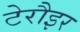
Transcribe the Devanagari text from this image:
टेरौइर